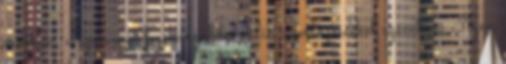
csökken, a szervezet fogékonyabbá válik a fertőzésekkel szemben. Ilyen